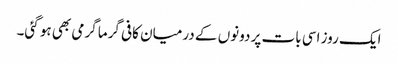
ایک روز اسی بات پر دونوں کے درمیان کافی گرما گرمی بھی ہو گئی۔